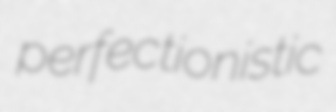
perfectionistic